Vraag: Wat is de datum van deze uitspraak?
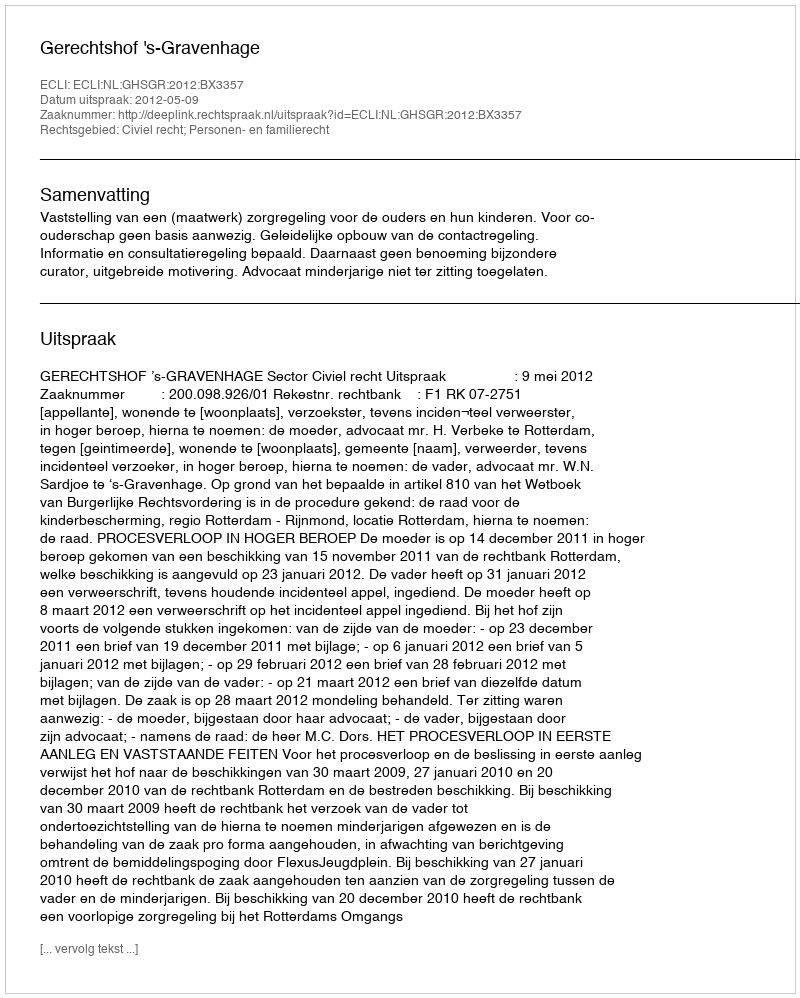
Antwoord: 2012-05-09